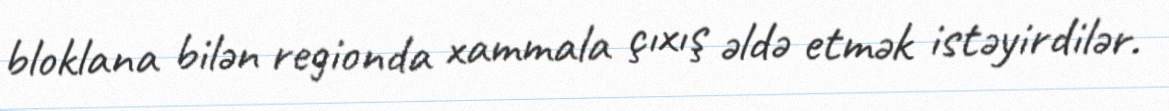
bloklana bilən regionda xammala çıxış əldə etmək istəyirdilər.